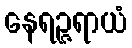
နေရဉ္ဇရာယံ